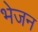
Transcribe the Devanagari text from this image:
भेजन